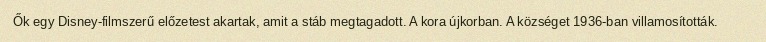
Ők egy Disney-filmszerű előzetest akartak, amit a stáb megtagadott. A kora újkorban. A községet 1936-ban villamosították.